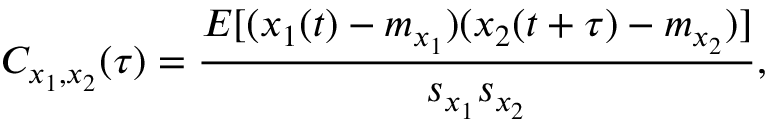
C _ { x _ { 1 } , x _ { 2 } } ( \tau ) = \frac { E [ ( x _ { 1 } ( t ) - m _ { x _ { 1 } } ) ( x _ { 2 } ( t + \tau ) - m _ { x _ { 2 } } ) ] } { s _ { x _ { 1 } } s _ { x _ { 2 } } } ,